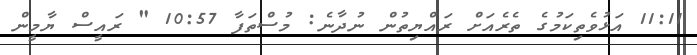
11:11 އަޅުވެތިކަމުގެ ތެރެއަށް ރައްޔިތުން ނުދާނެ: މުސްތަފާ 10:57 " ރައީސް ޔާމީން